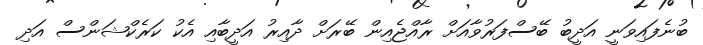
ބުނެފައިވަނީ އަދީބު ބޭސްފަރުވާއަށް ރާއްޖެއިން ބޭރަށް ދާއިރު އަދީބާއި އެކު ކަރެކްޝަންސް އަދި